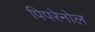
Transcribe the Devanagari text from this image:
पिपरेनोल